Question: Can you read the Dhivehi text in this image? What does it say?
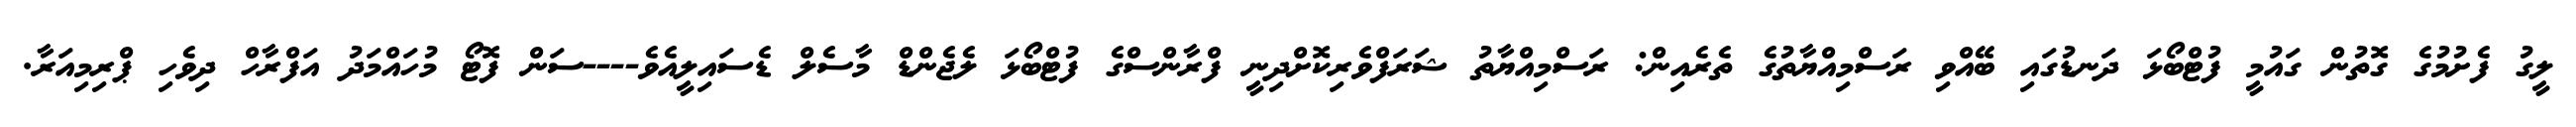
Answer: ލީގު ފެށުމުގެ ގޮތުން ގައުމީ ފުޓްބޯޅަ ދަނޑުގައި ބޭއްވި ރަސްމިއްޔާތުގެ ތެރެއިން: ރަސްމިއްޔާތު ޝަރަފްވެރިކޮށްދިނީ ފްރާންސްގެ ފުޓްބޯޅަ ލެޖެންޑް މާސެލް ޑެސައިލީއެވެ----ސަން ފޮޓޯ މުހައްމަދު އަފްރާހް ދިވެހި ޕްރިމިއަރާ.